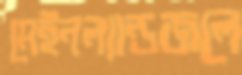
মেইনল্যান্ডজলে